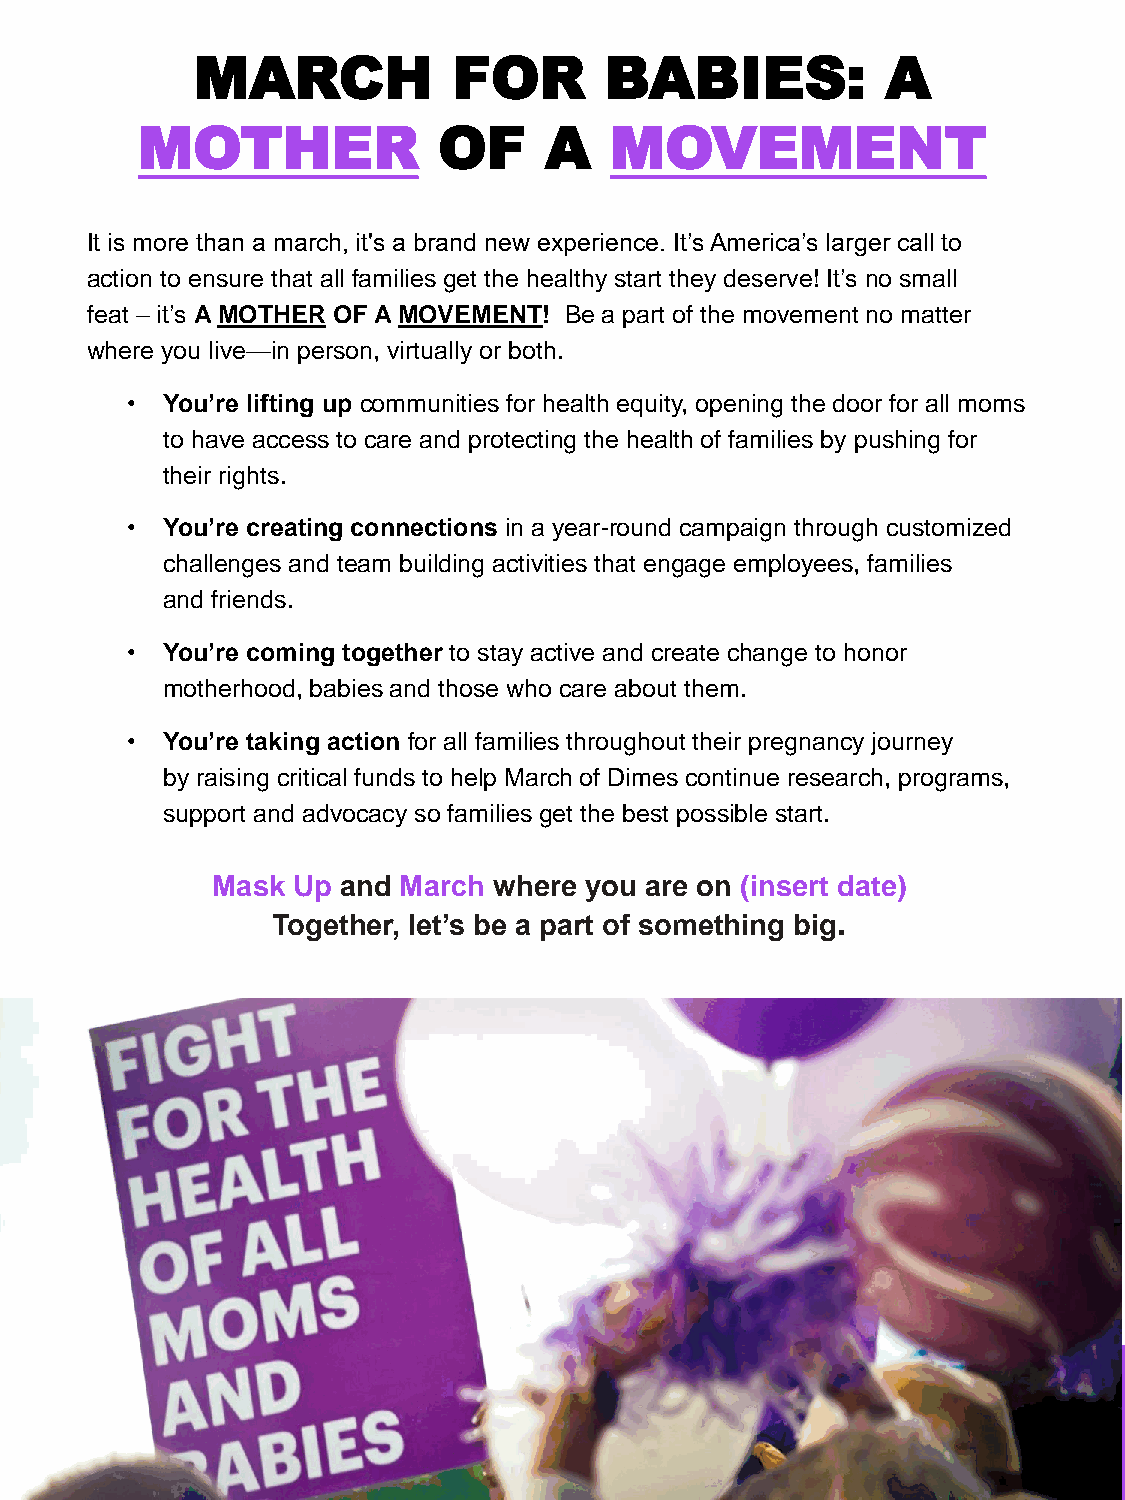
MARCH            FOR       BABIES:            A
 MOTHER              OF     A   MOVEMENT
 It is more than a march, it's a brand new experience. It’sAmerica’s larger call to
 action to ensure that all families get the healthy start they deserve! It’s no small
 feat – it’s AMOTHER OF AMOVEMENT! Be a part of the movement no matter
 where you live—in person, virtually or both.
 •  You’re lifting up communities for health equity, opening the door for all moms
 to have access to care and protecting the health of families by pushing for
 their rights.
 •  You’re creating connections in a year-round campaign through customized
 challenges and team building activities that engage employees, families
 and friends.
 •  You’re coming together to stay active and create change to honor
 motherhood, babies and those who care about them.
 •  You’re taking action for all families throughout their pregnancy journey
 by raising critical funds to help March of Dimes continue research, programs,
 support and advocacy so families get the best possible start.
 Mask Up and March  where you are on (insert date)
 Together, let’s be a part of something big.
 MARCHFORBABIES.ORG/(LOCAL       MARKET  NAME)
 © 2022 March of Dimes